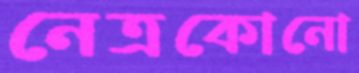
নেত্রকোনো